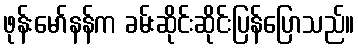
ဖုန်းမော်နန်က ခမ်းဆိုင်းဆိုင်းပြန်ပြောသည်။